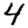
Digit: 4